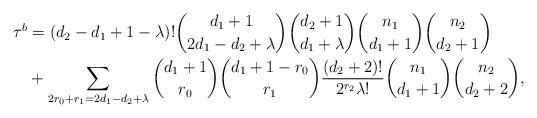
LaTeX: \begin{align*}\tau^b &=(d_2-d_1+1-\lambda)! {d_1+1 \choose 2d_1-d_2+\lambda} {d_2+1 \choose d_1+\lambda} {n_1 \choose d_1+1} {n_2 \choose d_2+1} \\& + \sum_{2r_0+r_1=2d_1-d_2+\lambda} {d_1+1 \choose r_0} {d_1+1-r_0 \choose r_1} \frac{(d_2+2)!}{2^{r_2} \lambda!} {n_1 \choose d_1+1} {n_2 \choose d_2+2}, \end{align*}